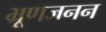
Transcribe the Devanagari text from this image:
भ्रूणजनन